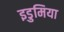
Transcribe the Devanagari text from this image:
इडुमिया